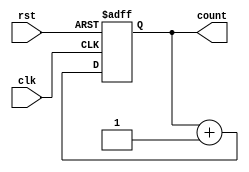
module up_counter_moore (
    input wire clk,      // Clock signal
    input wire rst,      // Asynchronous reset signal
    output reg [2:0] count // 3-bit output representing the current state
);

// State transition logic
always @(posedge clk or posedge rst) begin
    if (rst) begin
        count <= 3'b000; // Reset to initial state (0)
    end else begin
        count <= count + 1; // Increment the count
    end
end

endmodule